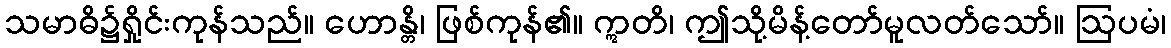
သမာဓိ၌ရှိုင်းကုန်သည်။ ဟောန္တိ၊ ဖြစ်ကုန်၏။ ဣတိ၊ ဤသို့မိန့်တော်မူလတ်သော်။ ဩပမံ၊